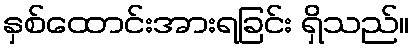
နှစ်ထောင်းအားရခြင်း ရှိသည်။